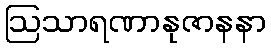
ဩသာရဏာနုဇာနနာ